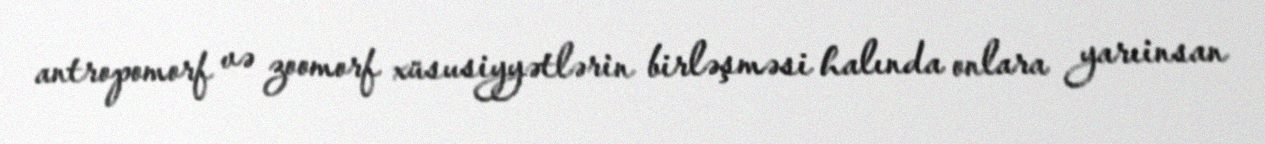
antropomorf və zoomorf xüsusiyyətlərin birləşməsi halında onlara yarıinsan